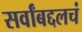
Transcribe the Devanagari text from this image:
सर्वांबद्दलचं